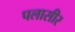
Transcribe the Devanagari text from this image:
पलासीर